On kala azar, malaria and malarial cachexia - Number 19
Disease focus: Malaria
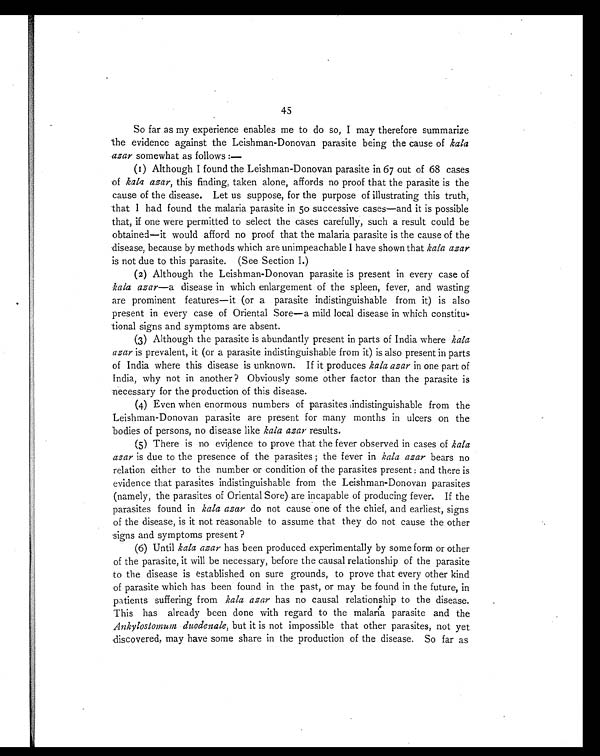
45
So far as my experience enables me to do so, I may therefore summarize
the evidence against the Leishman-Donovan parasite being the cause of kala
azar somewhat as follows:—
(1) Although I found the Leishman-Donovan parasite in 67 out of 68 cases
of kala azar, this finding, taken alone, affords no proof that the parasite is the
cause of the disease. Let us suppose, for the purpose of illustrating this truth,
that I had found the malaria parasite in 50 successive cases—and it is possible
that, if one were permitted to select the cases carefully, such a result could be
obtained—it would afford no proof that the malaria parasite is the cause of the
disease, because by methods which are unimpeachable I have shown that kala azar
is not due to this parasite. (See Section I.)
(2)Although the Leishman-Donovan parasite is present in every case of
kala azar—a disease in which enlargement of the spleen, fever, and wasting
are prominent features—it (or a parasite indistinguishable from it) is also
present in every case of Oriental Sore—a mild local disease in which constitu-
tional signs and symptoms are absent.
(3)Although the parasite is abundantly present in parts of India where kala
azar is prevalent, it (or a parasite indistinguishable from it) is also present in parts
of India where this disease is unknown. If it produces kala azar in one part of
India, why not in another ? Obviously some other factor than the parasite is
necessary for the production of this disease.
(4)Even when enormous numbers of parasites indistinguishable from the
Leishman-Donovan parasite are present for many months in ulcers on the
bodies of persons, no disease like kala azar results.
(5)There is no evidence to prove that the fever observed in cases of kala
azar is due to the presence of the parasites ; the fever in kala azar bears no
relation either to the number or condition of the parasites present : and there is
evidence that parasites indistinguishable from the Leishman-Donovan parasites
(namely, the parasites of Oriental Sore) are incapable of producing fever. If the
parasites found in kala azar do not cause one of the chief, and earliest, signs
of the disease, is it not reasonable to assume that they do not cause the other
signs and symptoms present ?
(6)Until kala azar has been produced experimentally by some form or other
of the parasite, it will be necessary, before the causal relationship of the parasite
to the disease is established on sure grounds, to prove that every other kind
of parasite which has been found in the past, or may be found in the future, in
patients suffering from kala azar has no causal relationship to the disease.
This has already been done with regard to the malaria parasite and the
Ankylostomum duodenale, but it is not impossible that other parasites, not yet
discovered, may have some share in the production of the disease. So far as